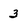
Character: 3